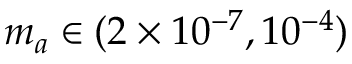
m _ { a } \in ( 2 \times 1 0 ^ { - 7 } , 1 0 ^ { - 4 } )